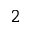
^ { 2 }